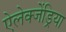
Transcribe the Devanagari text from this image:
ऐलेक्जेंड्रिया